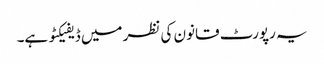
یہ رپورٹ قانون کی نظر میں ڈیفیکٹو ہے۔